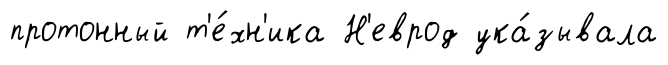
протонный т'е́хн'ика Н'еврод ука́зывала